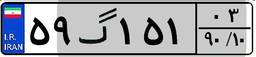
۵۹گ۱۵۱۰۳